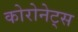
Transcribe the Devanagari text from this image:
कोरोनेट्स